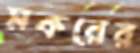
মকরের